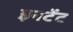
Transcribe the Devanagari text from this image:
इनटेंट